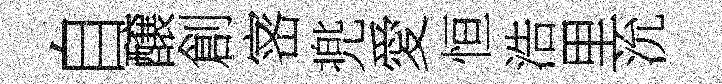
自醸創宻兠愛恒浩里沇